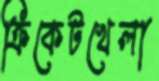
ক্রিকেটখেলা